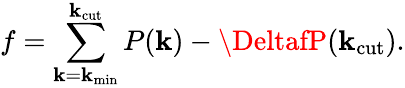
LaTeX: f=\sum_{\mathbf{k}=\mathbf{k}_{\mathrm{{min}}}}^{\mathbf{k}_{\mathrm{{cut}}}}P(\mathbf{k})-\DeltafP(\mathbf{k}_{\mathrm{{cut}}}).